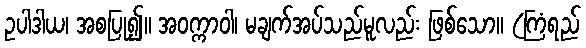
ဥပါဒါယ၊ အစပြု၍။ အဝက္ကာဝါ၊ မချက်အပ်သည်မူလည်း ဖြစ်သော။ (ကြံရည်